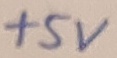
Text: +5V